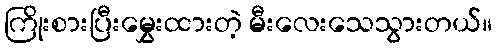
ကြိုးစားပြီးမွှေးထားတဲ့ မီးလေးသေသွားတယ်။